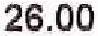
26.00